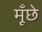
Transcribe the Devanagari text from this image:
मूँछे